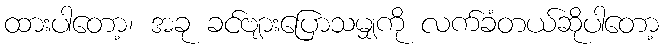
ထားပါတော့၊ အခု ခင်ဗျားပြောသမျှကို လက်ခံတယ်ဆိုပါတော့